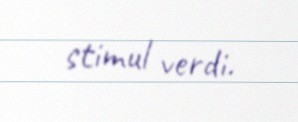
stimul verdi.